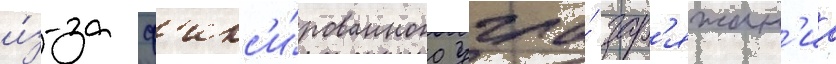
и́з-за ф'икс'и́рованного угла́ зар'яжан'иа